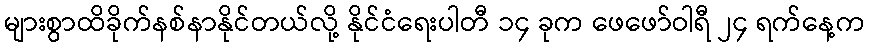
များစွာထိခိုက်နစ်နာနိုင်တယ်လို့ နိုင်ငံရေးပါတီ ၁၄ ခုက ဖေဖော်ဝါရီ ၂၄ ရက်နေ့က